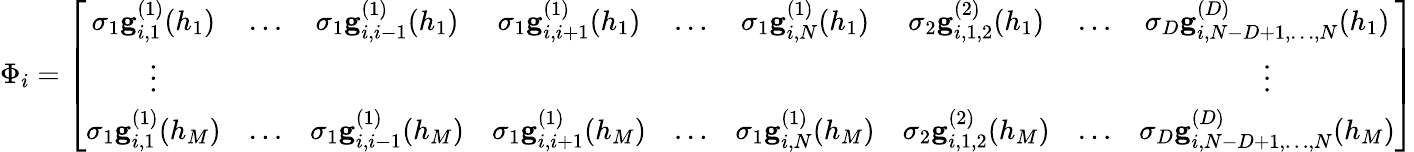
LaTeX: \Phi_{i}=\left[\begin{array}{ccccccccc}{\sigma_{1}\mathbf{g}_{i,1}^{(1)}(h_{1})}&{\ldots}&{\sigma_{1}\mathbf{g}_{i,i-1}^{(1)}(h_{1})}&{\sigma_{1}\mathbf{g}_{i,i+1}^{(1)}(h_{1})}&{\ldots}&{\sigma_{1}\mathbf{g}_{i,N}^{(1)}(h_{1})}&{\sigma_{2}\mathbf{g}_{i,1,2}^{(2)}(h_{1})}&{\ldots}&{\sigma_{D}\mathbf{g}_{i,N-D+1,\ldots,N}^{(D)}(h_{1})}\\ {\vdots}&&&&&&&&{\vdots}\\ {\sigma_{1}\mathbf{g}_{i,1}^{(1)}(h_{M})}&{\ldots}&{\sigma_{1}\mathbf{g}_{i,i-1}^{(1)}(h_{M})}&{\sigma_{1}\mathbf{g}_{i,i+1}^{(1)}(h_{M})}&{\ldots}&{\sigma_{1}\mathbf{g}_{i,N}^{(1)}(h_{M})}&{\sigma_{2}\mathbf{g}_{i,1,2}^{(2)}(h_{M})}&{\ldots}&{\sigma_{D}\mathbf{g}_{i,N-D+1,\ldots,N}^{(D)}(h_{M})}\end{array}\right]